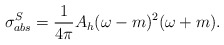
\begin{align*}\sigma^{S}_{abs} = \frac{1}{4\pi} A_{h} (\omega - m)^2 (\omega + m).\end{align*}